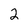
Character: 2